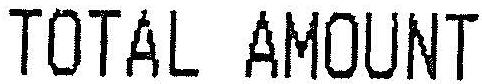
TOTAL AMOUNT